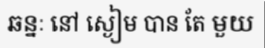
ឆន្នៈ នៅ ស្ងៀម បាន តែ មួយ